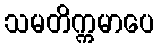
သမတိက္ကမာပေ